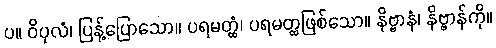
ပ။ ဝိပုလံ၊ ပြန့်ပြောသော။ ပရမတ္ထံ၊ ပရမတ္ထဖြစ်သော။ နိဗ္ဗာနံ၊ နိဗ္ဗာန်ကို။